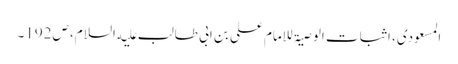
المسعودی، اثبات الوصیۃ للامام علی بن ابی طالب علیه السلام، ص192۔